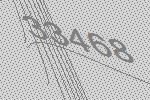
33468